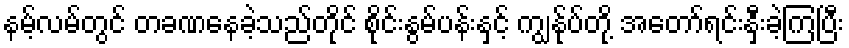
နမ့်လမ်တွင် တခဏနေခဲ့သည်တိုင် စိုင်းနွမ်ပန်းနှင့် ကျွန်ုပ်တို့ အတော်ရင်းနှီးခဲ့ကြပြီး